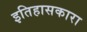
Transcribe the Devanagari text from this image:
इतिहासकारा